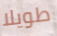
طويلا